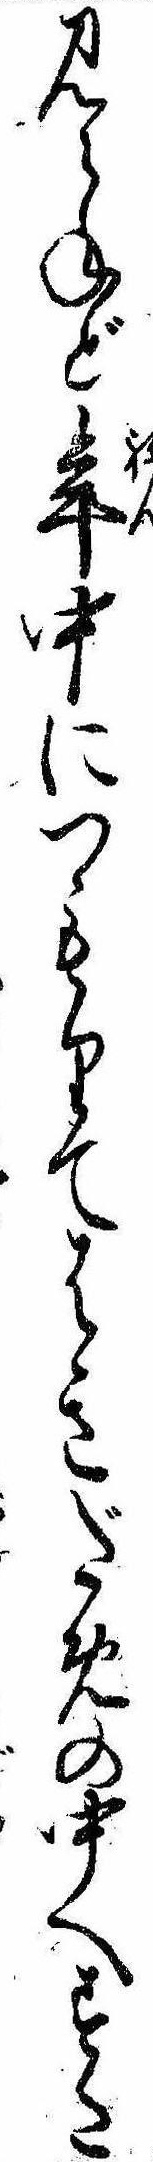
見えねど年中につもりてはきだめの中へすた